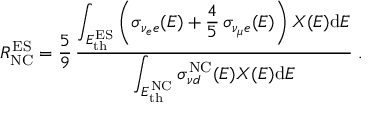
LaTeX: R _ { \mathrm { N C } } ^ { \mathrm { E S } } = { \frac { 5 } { 9 } } \, { \frac { \displaystyle \int _ { E _ { \mathrm { t h } } ^ { \mathrm { E S } } } \left( \sigma _ { \nu _ { e } e } ( E ) + { \frac { 4 } { 5 } } \, \sigma _ { \nu _ { \mu } e } ( E ) \right) X ( E ) \mathrm { d } E } { \displaystyle \int _ { E _ { \mathrm { t h } } ^ { \mathrm { N C } } } \sigma _ { { \nu } d } ^ { \mathrm { N C } } ( E ) X ( E ) \mathrm { d } E } } \; .